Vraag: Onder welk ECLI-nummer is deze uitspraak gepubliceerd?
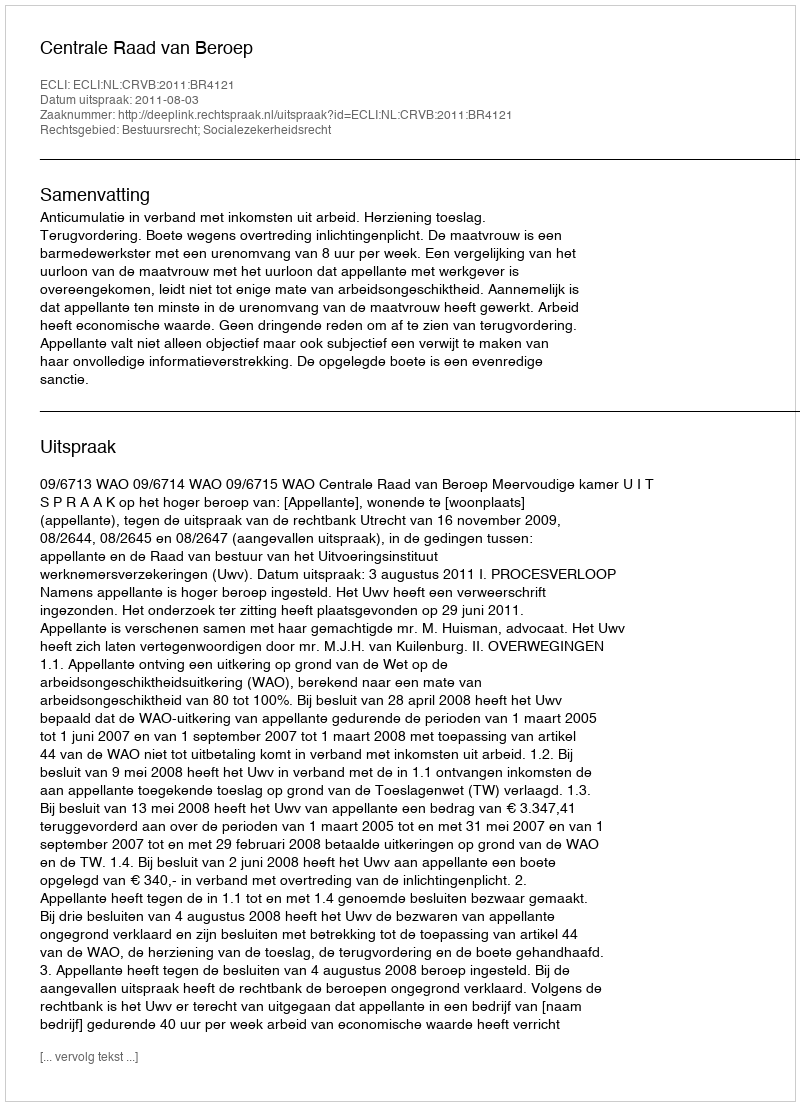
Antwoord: ECLI:NL:CRVB:2011:BR4121